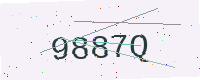
Text: 9887Q